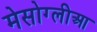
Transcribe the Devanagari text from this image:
मेसोग्लीआ